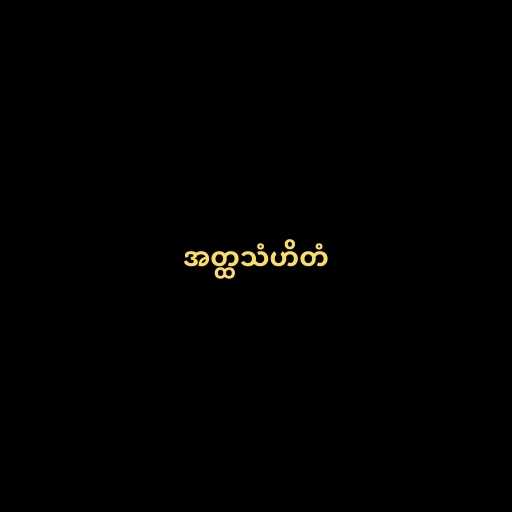
အတ္ထသံဟိတံ